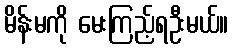
မိန်းမကို မေးကြည့်ရဦးမယ်။